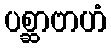
ပစ္ဆာဗာဟံ